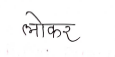
मजकूर: लोकर